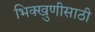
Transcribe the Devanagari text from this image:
भिक्खुणीसाठी